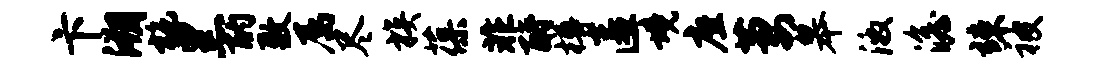
卞溯施黑酌敷属尽族葆非酹樽匿境座萋皋激澹竦被